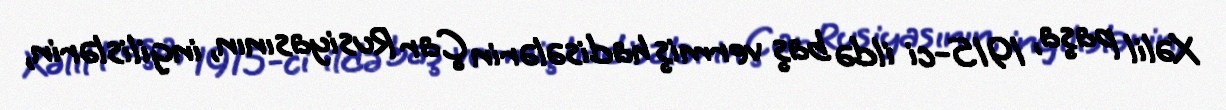
Xəlil paşa, 1915-ci ildə baş vermiş hadisələrin Çar Rusiyasının, ingilislərin,